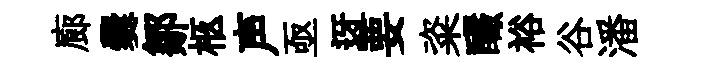
廊爨鄒柩声亟迓要粢釅裕谷潘